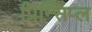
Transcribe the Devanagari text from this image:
प्रिन्सिप्ल